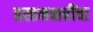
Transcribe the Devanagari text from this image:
हस्तनक्षत्रींचा